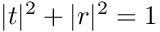
| t | ^ { 2 } + | r | ^ { 2 } = 1